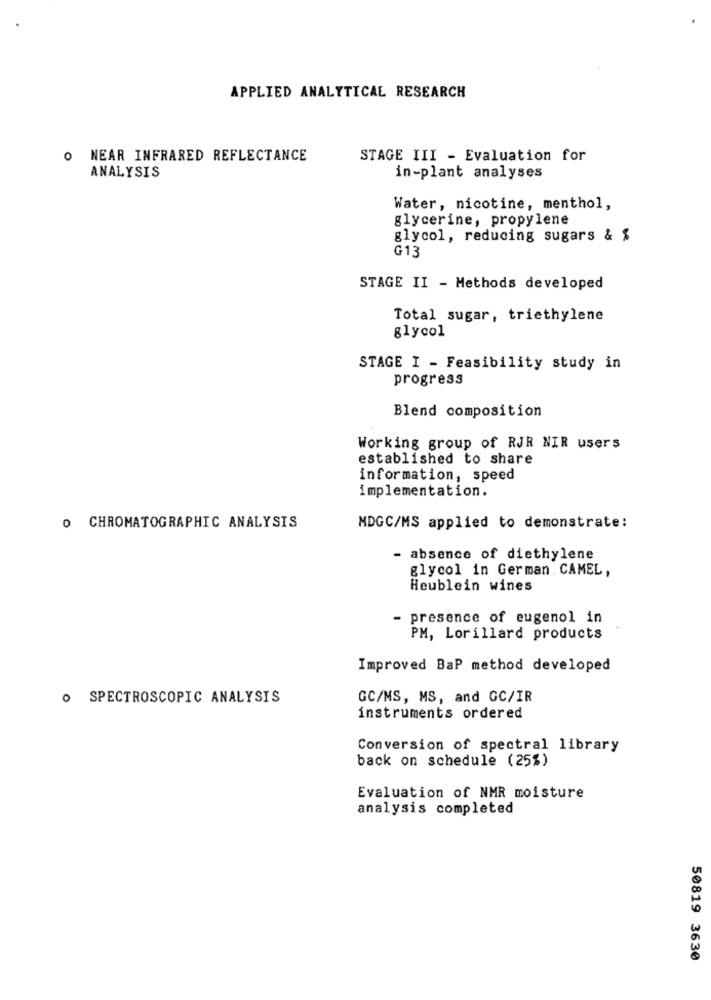
APPLIED ANALYTICAL RESEARCH
O NEAR INFRARED REFLECTANCE
STAGE III - Evaluation for
ANALYSIS
in-plant analyses
Water, nicotine, menthol,
glycerine, propylene
glycol, reducing sugars & $
G13
STAGE II - Methods developed
Total sugar, triethylene
glycol
STAGE I - Feasibility study in
progress
Blend composition
Working group of RJR NIR users
established to share
information, speed
implementation.
O CHROMATOGRAPHIC ANALYSIS
MDGC/MS applied to demonstrate:
- absence of diethylene
glycol in German . CAMEL,
Heublein wines
- presence of eugenol in
PM, Lorillard products
Improved BaP method developed
· SPECTROSCOPIC ANALYSIS
GC/MS, MS, and GC/IR
instruments ordered
Conversion of spectral library
back on schedule (25%)
Evaluation of NMR moisture
analysis completed
50819 3630